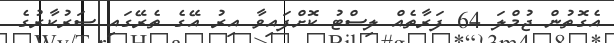
އެގޮތުން ޖުމްލަ 64 ފަރާތެއް ލިސްޓު ކޮށްފައިވާ އިރު އޭގެ ތެރޭގައި ސަރުކާރުގެ